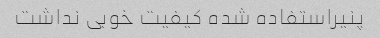
پنیراستفاده شده کیفیت خوبی نداشت